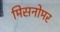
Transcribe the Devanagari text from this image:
मिसनोमर